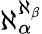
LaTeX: \aleph_{\alpha}^{\aleph_{\beta}}